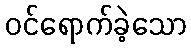
ဝင်ရောက်ခဲ့သော